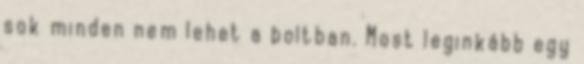
sok minden nem lehet a boltban. Most leginkább egy